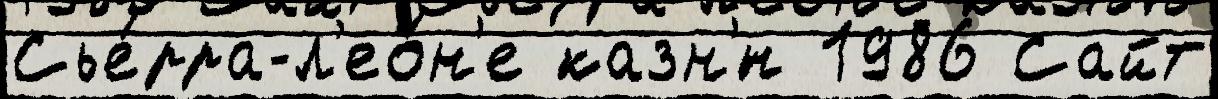
Сье́рра-л'ео́н'е казн'́н 1986 Сайт